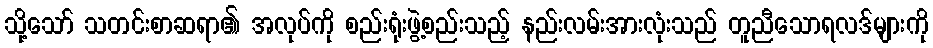
သို့သော် သတင်းစာဆရာ၏ အလုပ်ကို စည်းရုံးဖွဲ့စည်းသည့် နည်းလမ်းအားလုံးသည် တူညီသောရလဒ်များကို